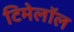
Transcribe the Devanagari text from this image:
टिमेलॉल